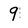
Character: 9